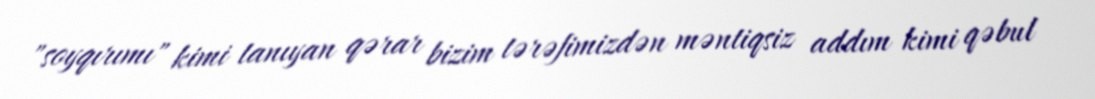
"soyqırımı" kimi tanıyan qərar bizim tərəfimizdən məntiqsiz addım kimi qəbul